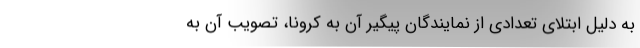
به دلیل ابتلای تعدادی از نمایندگان پیگیر آن به کرونا، تصویب آن به